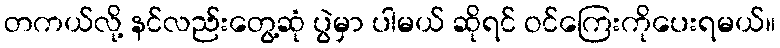
တကယ်လို့ နင်လည်းတွေ့ဆုံ ပွဲမှာ ပါမယ် ဆိုရင် ဝင်ကြေးကိုပေးရမယ်။